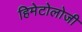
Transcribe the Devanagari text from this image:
हिमेटोलोजी